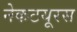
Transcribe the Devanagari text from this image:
नेकटयूरस